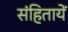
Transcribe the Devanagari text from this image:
संहितायें